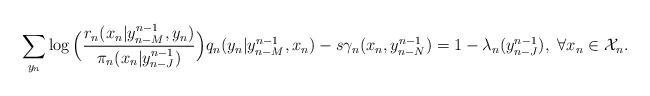
LaTeX: \begin{align*}\sum_{y_{n}}\log\Big(\frac{r_{n}(x_n|y^{n-1}_{n-M},y_n)}{\pi_{n}(x_n|y^{n-1}_{n-J})}\Big)q_n(y_n|y^{n-1}_{n-M},x_n)-s\gamma_n(x_n,y^{n-1}_{n-N})=1-\lambda_n(y^{n-1}_{n-J}),~\forall{x_n\in{\cal X}_n}.\end{align*}